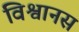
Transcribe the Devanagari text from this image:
विश्वानस